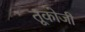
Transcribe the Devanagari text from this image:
तूकोजी